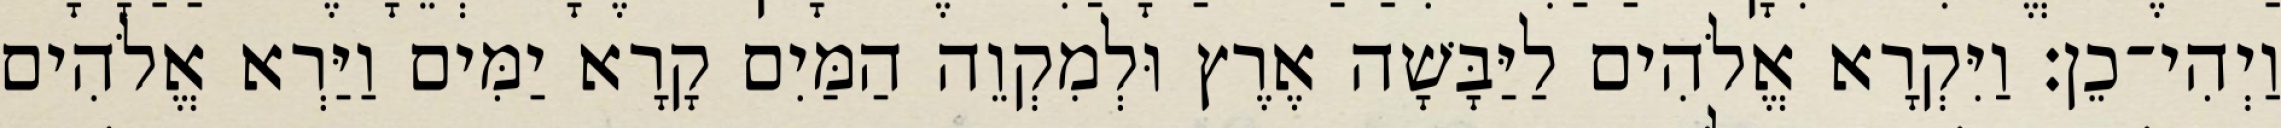
וַיְהִי־כֵן׃ וַיִּקְרָא אֱלֹהִים לַיַּבָּשָׁה אֶרֶץ וּלְמִקְוֵה הַמַּיִם קָרָא יַמִּים וַיַּרְא אֱלֹהִים